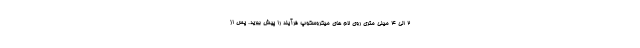
2 الی 4 میلی متری روی لام های میکروسکوپ فرآیند را پیش ببرید. پس از